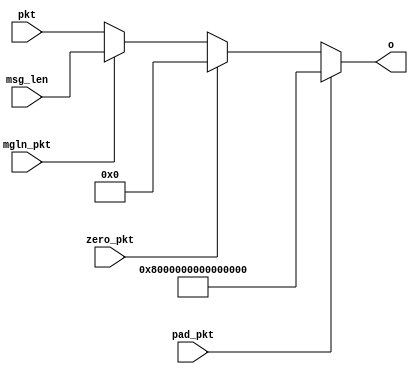
module pktmux(
  input [63:0] pkt,msg_len,
  input pad_pkt,zero_pkt,mgln_pkt,
  output reg [63:0] o
);
  always @ (*)
    if (pad_pkt == 1)         o=(1<<63);
    else if (zero_pkt == 1)   o=0;
    else if (mgln_pkt == 1)   o=msg_len;
    else                      o=pkt;
endmodule

module pktmux_tb;
  reg [63:0] pkt,msg_len;
  reg pad_pkt,zero_pkt,mgln_pkt;
  wire [63:0] o;
  
  pktmux inst1(.pkt(pkt),.msg_len(msg_len),.pad_pkt(pad_pkt),
      .zero_pkt(zero_pkt),.mgln_pkt(mgln_pkt),.o(o));
  
  localparam PERIOD=100;
  initial begin
    {pad_pkt,zero_pkt,mgln_pkt} = 0;
    repeat (3) begin
      #(1*PERIOD) {pad_pkt,zero_pkt,mgln_pkt} = 4;
      #(1*PERIOD) {pad_pkt,zero_pkt,mgln_pkt} = 2;
      #(1*PERIOD) {pad_pkt,zero_pkt,mgln_pkt} = 1;
      #(1*PERIOD) {pad_pkt,zero_pkt,mgln_pkt} = 0;
    end
  end
  task urand64(output reg [63:0] r);
    begin
      r[63:32]=$urandom;
      r[31:0]=$urandom;
    end
  endtask
  integer k;
  initial begin
    urand64(msg_len);
    urand64(pkt);
    for (k=1; k<13; k=k+1) begin
      #(1*PERIOD);
      urand64(msg_len);
      urand64(pkt);
    end
  end
endmodule